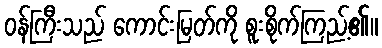
ဝန်ကြီးသည် ကောင်းမြတ်ကို စူးစိုက်ကြည့်၏။